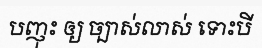
បញុះ ឲ្យ ច្បាស់លាស់ ទោះបី